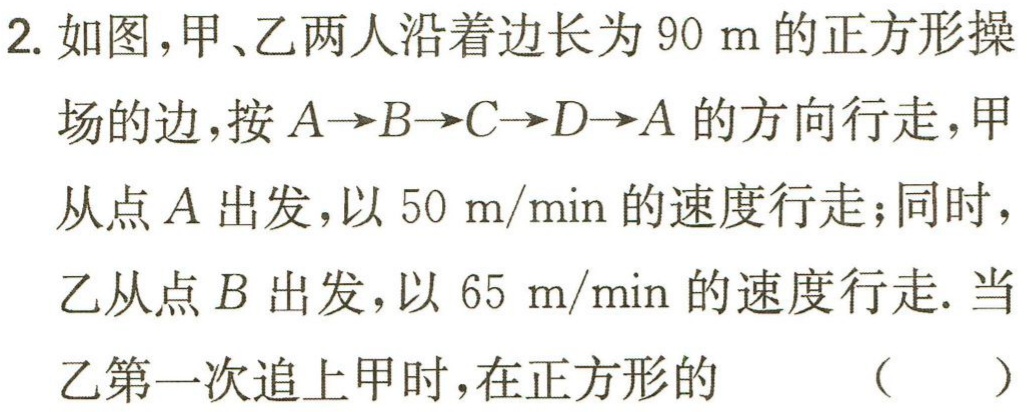
2. 如图，甲、乙两人沿着边长为 \(90\mathrm{\ m}\) 的正方形操
场的边，按 \(A \to B \to C \to D \to A\) 的方向行走，甲
从点 \(A\) 出发，以 \(50\mathrm{\ m/min}\) 的速度行走；同时，
乙从点 \(B\) 出发，以 \(65\mathrm{\ m/min}\) 的速度行走. 当
乙第一次追上甲时，在正方形的 （  ）